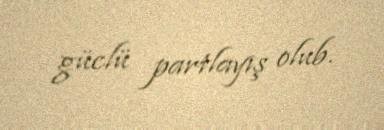
güclü partlayış olub.